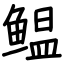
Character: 鳁